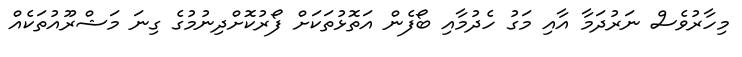
މިހާރުވެސް ނަރުދަމާ އާއި މަގު ހެދުމާއި ބޯފެން އަތޮޅުތަކަށް ފޯރުކޮށްދިނުމުގެ ގިނަ މަޝްރޫއުތަކެއް